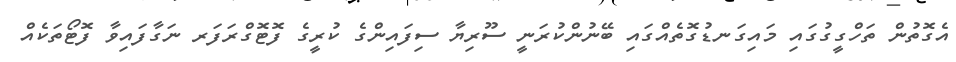
އެގޮތުން ތަހްގީގުގައި މައިގަނޑުގޮތެއްގައި ބޭނުންކުރަނީ ސޫރިޔާ ސިފައިންގެ ކުރީގެ ފޮޓޮގްރަފަރ ނަގާފައިވާ ފޮޓޯތަކެއް